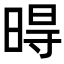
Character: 𣈜